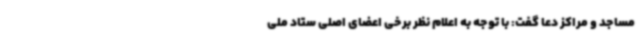
مساجد و مراکز دعا گفت: با توجه به اعلام نظر برخی اعضای اصلی ستاد ملی